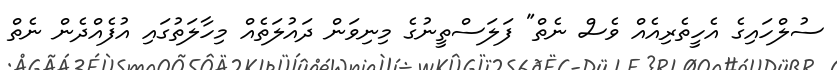
ސުލްހައިގެ އެހީތެރިއެއް ވެސް ނެތް" ފަލަސްތީނުގެ މިނިވަން ދައުލަތެއް މިހާލަތުގައި އުފެއްދެން ނެތް